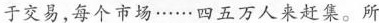
于交易，每个市场……四五万人来赶集。所